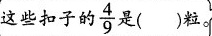
这些扣子的 \frac{4}{9} 是()粒。